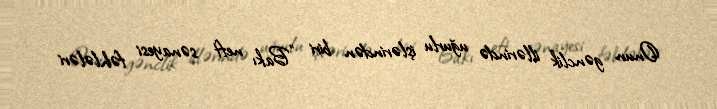
Onun gənclik illərində uğurlu işlərindən biri "Bakı neft sənayesi fəhlələri